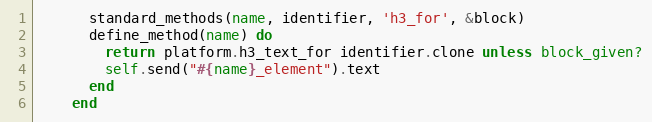
Language: Ruby
      standard_methods(name, identifier, 'h3_for', &block)
      define_method(name) do
        return platform.h3_text_for identifier.clone unless block_given?
        self.send("#{name}_element").text
      end
    end